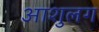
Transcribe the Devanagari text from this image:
आशुलग